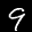
Label: 9